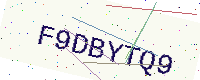
Text: F9DBYTQ9